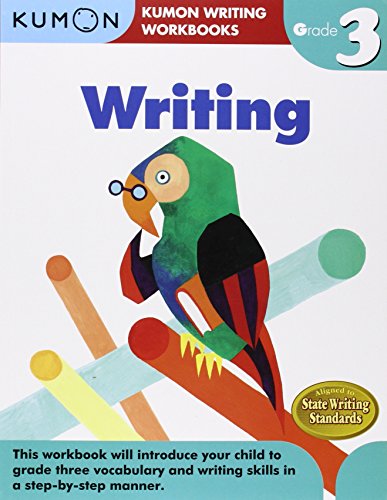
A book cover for Grade 3 Writing (Kumon Writing Workbooks); Kumon Publishing; Test Preparation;